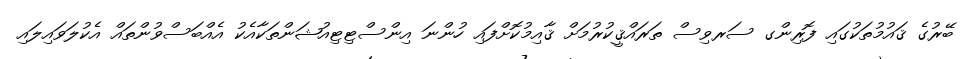
ބޭރުގެ ޤައުމުތަކުގައި ފޮރިންގ ސަރވިސް ތަރައްޤީކުރުމަށް ޤާއިމުކޮށްފައި ހުންނަ އިންސްޓިޓިއުޝަންތަކާއެކު އެއްބަސްވުންތައް އެކުލަވައިލައި